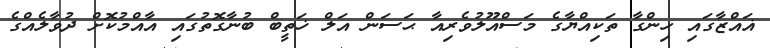
ޣައްޒާގައި ހިންގާ ތަކިއްޔާގެ މަސްއޫލުވެރިއާ ޙަސަން އަލް ޚަތީބް ބުނާގޮތުގައި އާއްމުކޮށް ދުވާލެއްގެ